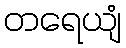
တရေယျံ